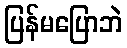
ပြန်မပြောဘဲ